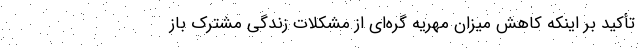
تأکید بر اینکه کاهش میزان مهریه گره‌ای از مشکلات زندگی مشترک باز